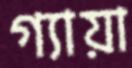
গ্যায়া